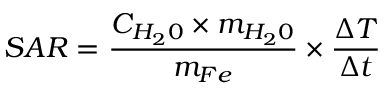
S A R = \frac { C _ { H _ { 2 } 0 } \times m _ { H _ { 2 } 0 } } { { m _ { F e } } } \times \frac { \Delta { T } } { \Delta { t } }